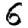
Digit: 6